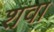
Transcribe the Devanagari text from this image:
शवा